Bréfritari: Sigríður Pálsdóttir
Viðtakandi: Páll Pálsson
Dagsetning: A-1868-11-06
Skrifað á: Breiðabólsstað  Rang.
Páll var bróðir Sigríðar

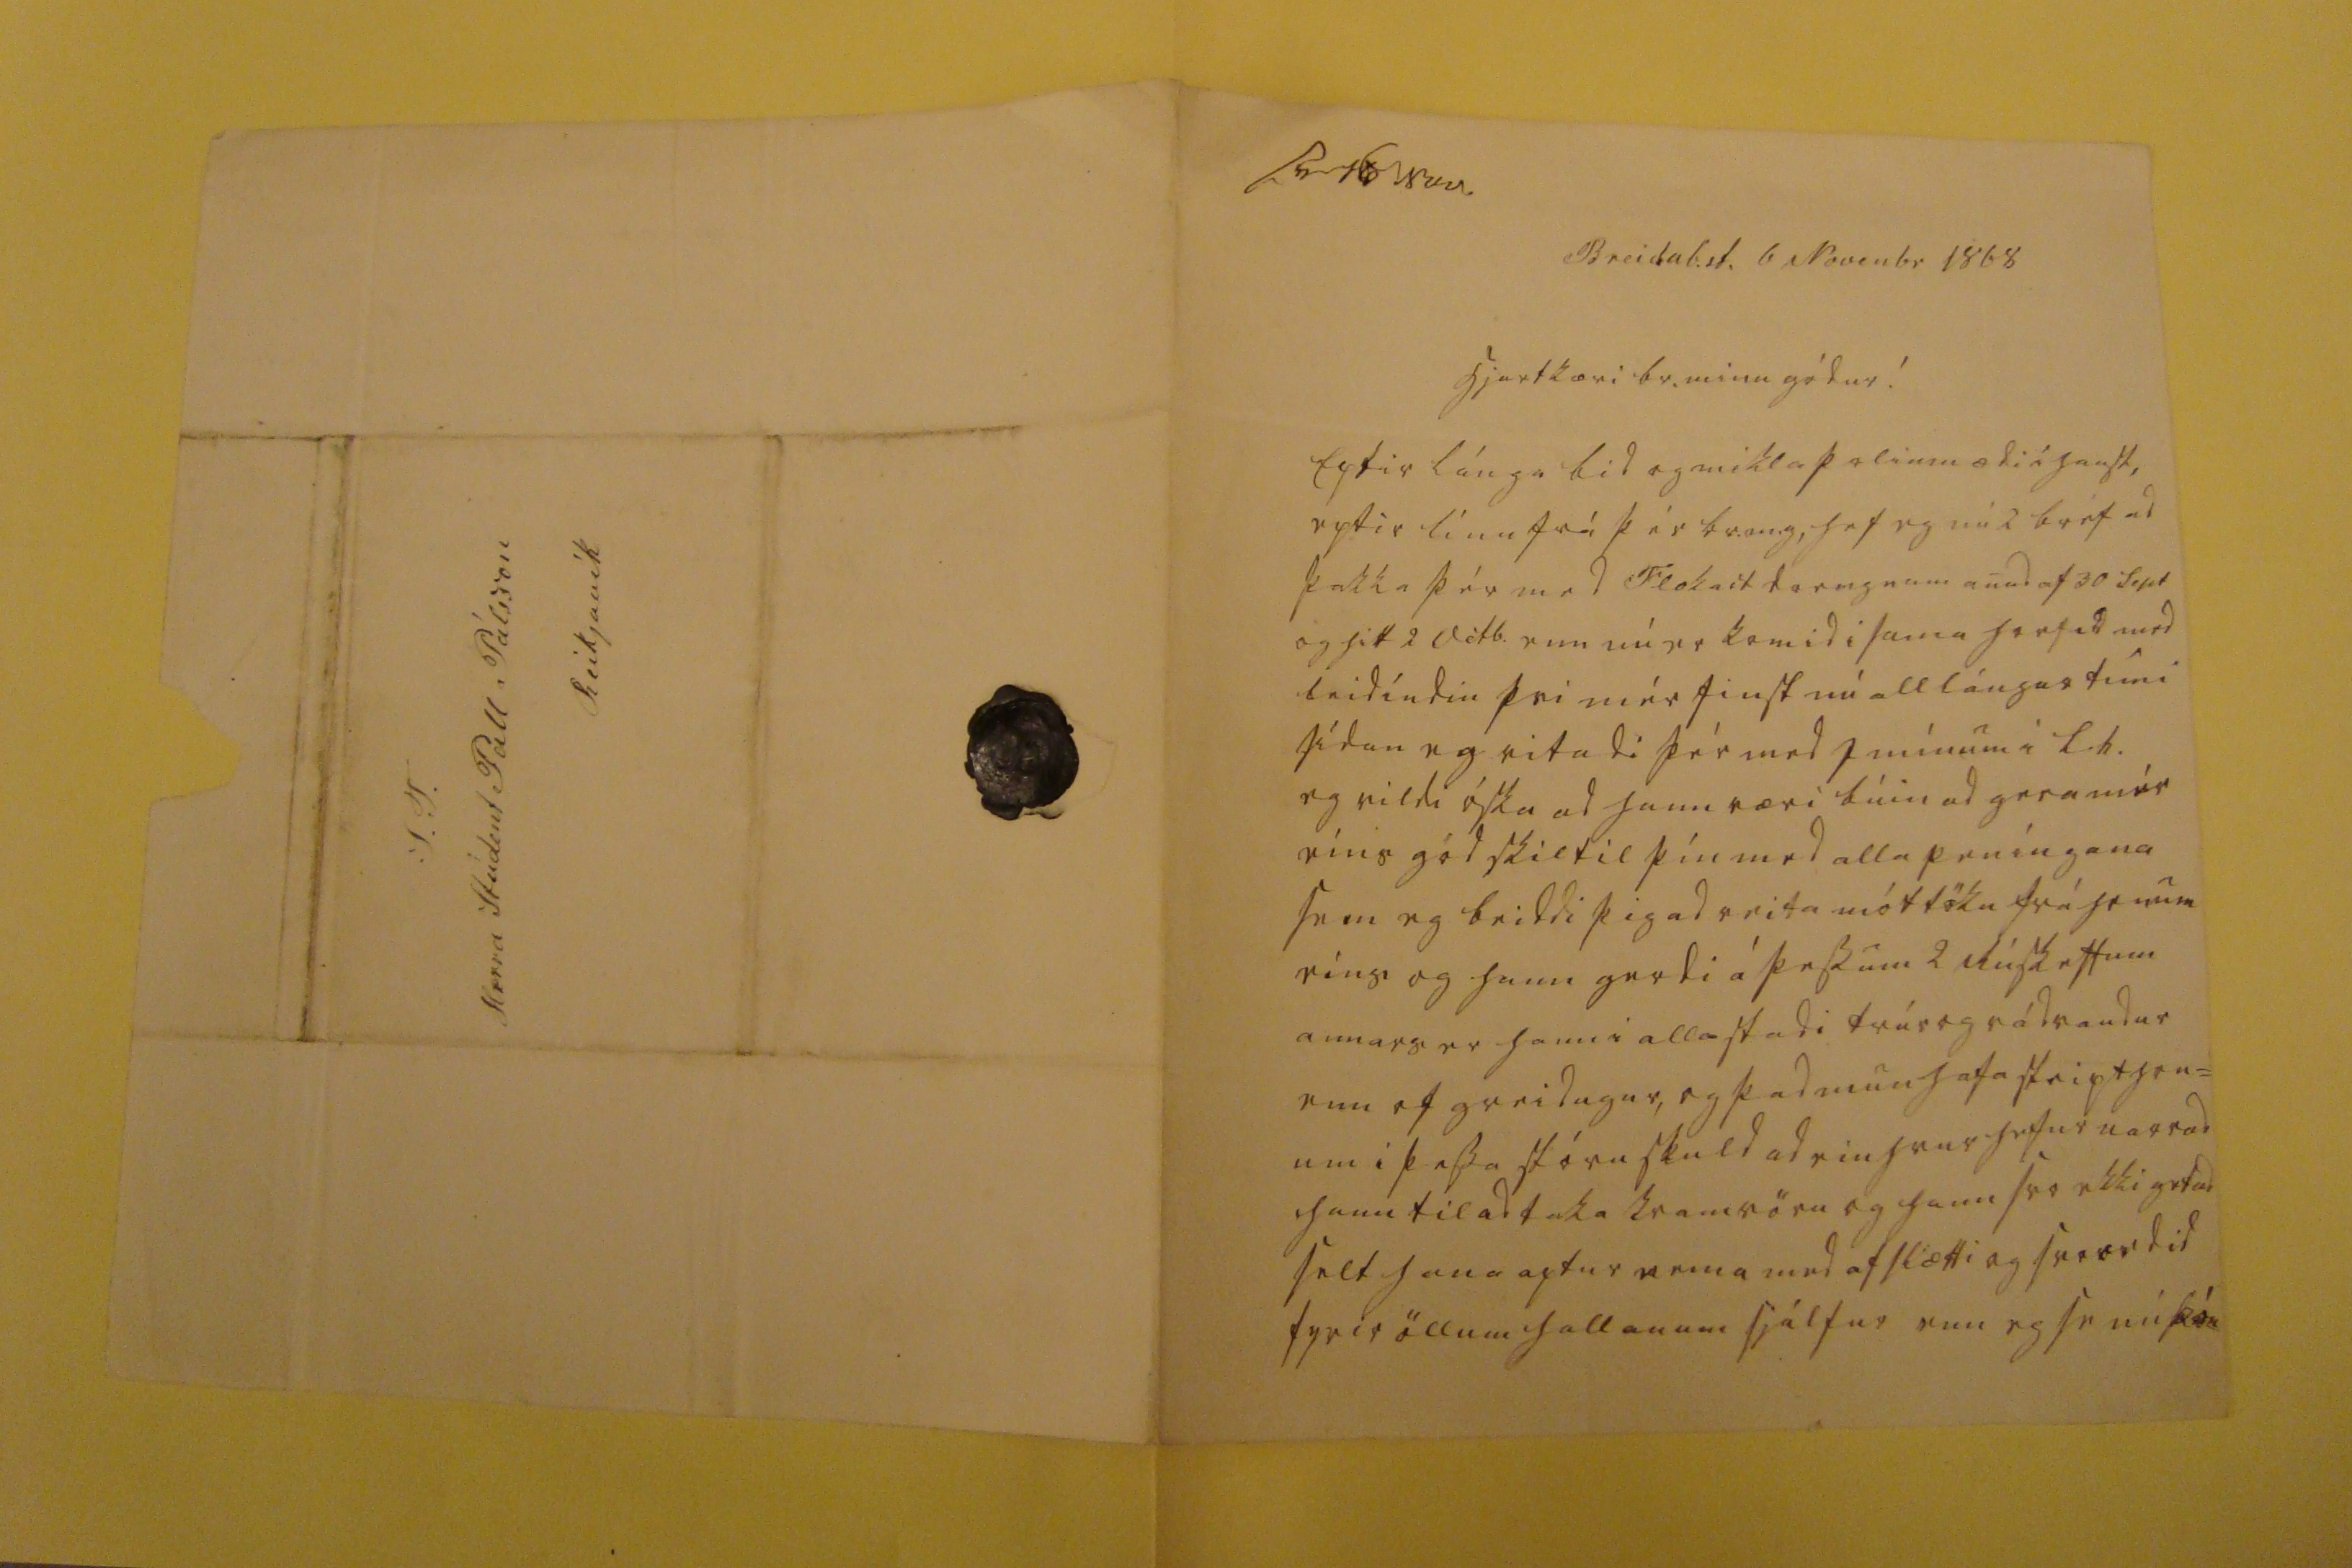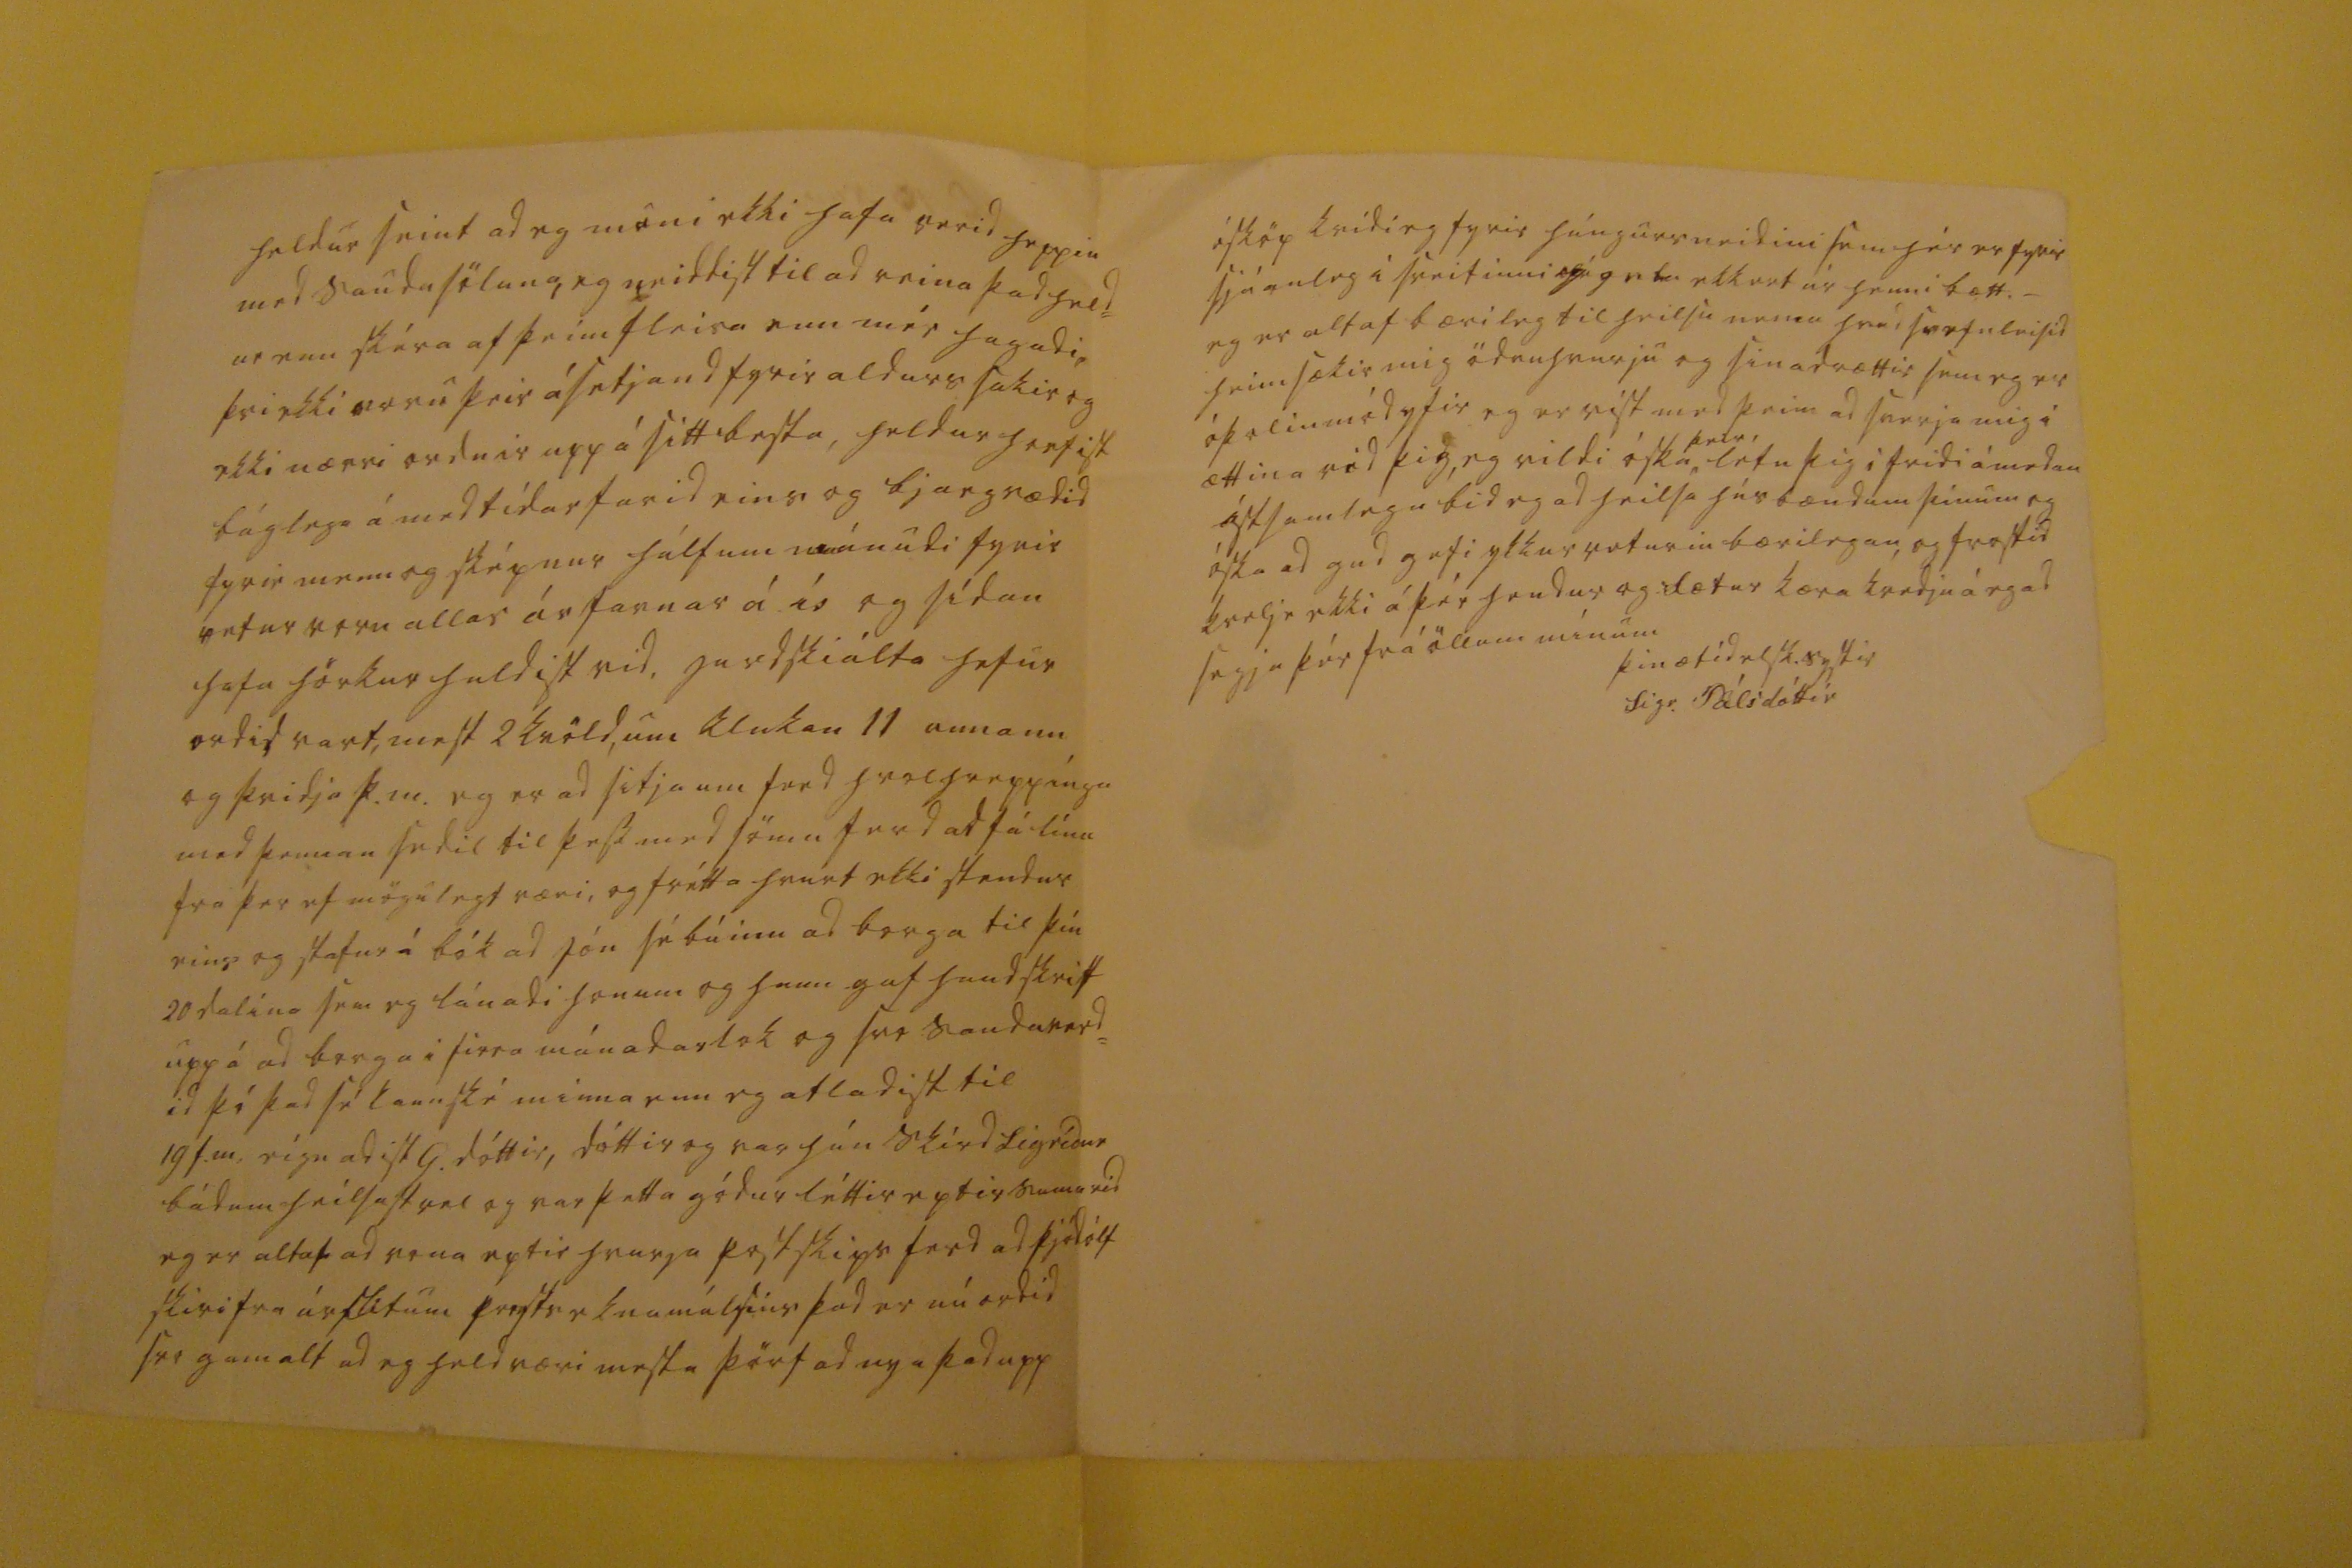

sv 16 Nov
Breidab.st. 6 Novenbr 1868
hjartkæri br. minn gódur!
Eptir lánga bid og mikla þolinmædi i haust, eptir línu frá þér br.m.g, hef eg nú 2 bréf ad þakka þér med Flokast drengnum anad af 30 Sept og hitt 2 Octb. enn nú er komid i sama horfid med leidíndin þvi mér finst nú alllángur tími sídan eg ritadi þér med J mínum i L.h. eg vildi óska ad hann væri búin ad gera mér eins gód skil til þín med alla peníngana sem eg beiddi þig ad veita móttöku frá honum eins og hann gerdi á þessum 2
Rúskettum
annars er hann i alla stadi trúr og rádvandur enn of greidugur, og þad mun hafa skipt hon= um i þessa stóru skuld ad einhvur hefur narrad hann til ad taka kramvöru og hann svo ekki getad selt hana aptur nema med afslætti og svo ordid fyrir öllum hallanum sjálfur enn eg se nú
þó
heldur seint ad eg muni ekki hafa verid heppin med saudasöluna, eg neiddist til ad reina þad held= ur enn skéra af þeim fleira enn mér hagadi, þvi ekki voru þeir ásetjand fyrir aldurssakir og ekki nærri ordnir upp á sitt besta, heldur horfist báglega á med tídarfarid eins og bjargrædid fyrir menn og sképnur hálfum mánudi fyrir vetur voru allar ár farnar á ís og sídan hafa hörkur haldist vid, jardskiálta hefur ordid vart, mest 2 kvöldum klukan 11 annann og þridja þ.m. eg er ad sitja um ferd hvolhreppínga med þennan sedil til þess med sömu ferd ad fá línu frá þer ef mögulegt væri, og frétta hvurt ekki stendur eins og stafur á bók ad Jón sé búinn ad borga til þín 20 dalina sem eg lánadi honum og hann gaf handskrift upp á ad borga i firra mánadarlok og svo saudaverd= id þó þad sé kannské minna enn eg atladist til 19 f.m. eígnadist G. dóttir, dóttir og var hún skírd Sigrídur bádum heilsast vel og var þetta gódur léttir eptir sumarid eg er altaf ad vona eptir hvurja postskips ferd ad þjódólf skiri fra úrslitum prestseknamálsins þad er nú ordid svo gamalt ad eg held væri mesta þörf ad nya þad upp
ósköp kvidi eg fyrir húngursneidini sem hér er fyrir sjáanleg i sveitinni og geta ekkert úr henni bætt. _ eg er altaf bærileg til heilsu nema hvad svefnleisid heimsækir mig ödruhvurju og sinadrættir sem eg er óþolinmód yfir eg er vist med þeim ad sverja mig i ættina vid þig, eg vildi óska
þeir
létu þig i fridi á medan ástsamlega bid eg ad heilsa húsbændum þínum og óska ad gud gefi ykkur veturin bærilegan, og frostid kvelje ekki á þér hendur og fætur kæra kvedju á eg ad segja þér frá öllum mínum
þin ætíd elsk. systir
Sigr. Pálsdóttir
S.T. Herra Stúdent Páll Pálsson Reikjavík